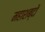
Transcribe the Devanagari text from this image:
महाशब्दों